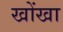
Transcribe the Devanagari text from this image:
खोंखा